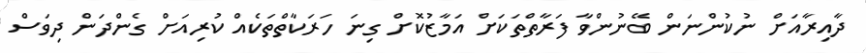
ދާއިރާއަށް ނުކުންނަން ބޭނުންވާ ފަރާތްތަކަށް އަމާޒުކޮށް ގިނަ ހަރަކާތްތަކެއް ކުރިއަށް ގެންދަން ދިވަސް